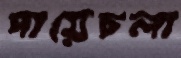
পায়েচলা